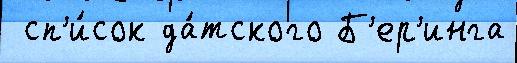
 сп'и́сок да́тского Б'ер'инга